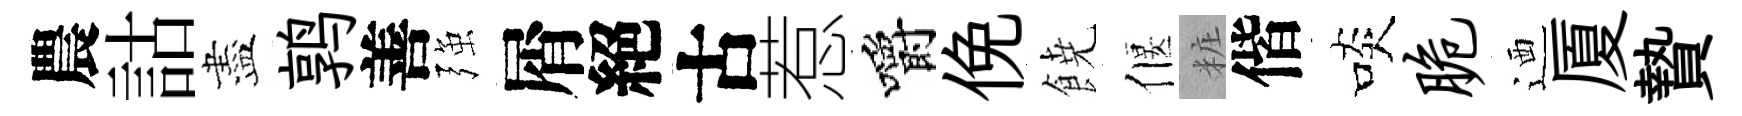
農詁盡鹑善强屑絕古惹嚼俛𩜙偃粧偕啖脆迺厦贄